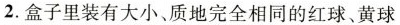
2.盒子里装有大小、质地完全相同的红球、黄球